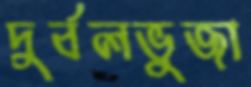
দুর্বলভুজা